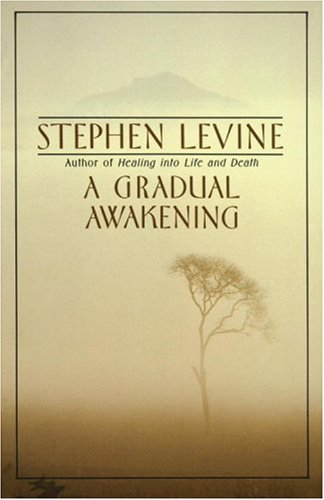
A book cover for A Gradual Awakening; Stephen Levine; Religion & Spirituality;